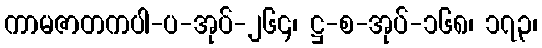
ကာမဇာတကပါ-ပ-အုပ်-၂၆၄၊ ဋ္ဌ-စ-အုပ်-၁၆၈၊ ၁၇၃၊